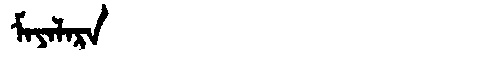
Manchu: ᠮᠠᠶᠠᠯᠠᡵᠠ
Romanization: MAYALARA